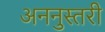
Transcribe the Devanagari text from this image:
अननुस्तरी